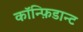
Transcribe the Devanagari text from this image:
कॉन्फ़िडान्ट